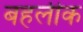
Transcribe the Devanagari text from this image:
बहलीक